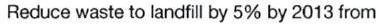
Reduce waste to landfill by 5% by 2013 from